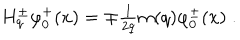
\begin{array} { l } { { H _ { q } ^ { \pm } \varphi _ { 0 } ^ { + } ( x ) = \mp \frac 1 { 2 q } m ( q ) \varphi _ { 0 } ^ { \pm } ( x ) \; . } } \\ \end{array}